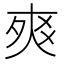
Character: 𤕡